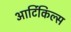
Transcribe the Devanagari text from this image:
आर्टिकिल्स